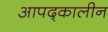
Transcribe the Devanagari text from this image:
आपद्कालीन